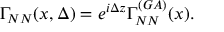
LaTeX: \Gamma _ { N N } ( x , \Delta ) = e ^ { i \Delta z } \Gamma _ { N N } ^ { ( G A ) } ( x ) .